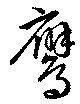
鷹